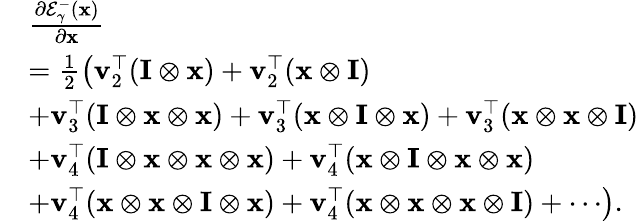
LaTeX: \begin{array}{rl}&{\frac{\partial\mathcal{E}_{\gamma}^{-}(\mathbf{x})}{\partial\mathbf{x}}}\\ &{=\frac{1}{2}\left(\mathbf{v}_{2}^{\top}(\mathbf{I}\otimes\mathbf{x})+\mathbf{v}_{2}^{\top}(\mathbf{x}\otimes\mathbf{I})\right.}\\ &{\left.+\mathbf{v}_{3}^{\top}(\mathbf{I}\otimes\mathbf{x}\otimes\mathbf{x})+\mathbf{v}_{3}^{\top}(\mathbf{x}\otimes\mathbf{I}\otimes\mathbf{x})+\mathbf{v}_{3}^{\top}(\mathbf{x}\otimes\mathbf{x}\otimes\mathbf{I})\right.}\\ &{+\mathbf{v}_{4}^{\top}(\mathbf{I}\otimes\mathbf{x}\otimes\mathbf{x}\otimes\mathbf{x})+\mathbf{v}_{4}^{\top}(\mathbf{x}\otimes\mathbf{I}\otimes\mathbf{x}\otimes\mathbf{x})}\\ &{\left.+\mathbf{v}_{4}^{\top}(\mathbf{x}\otimes\mathbf{x}\otimes\mathbf{I}\otimes\mathbf{x})+\mathbf{v}_{4}^{\top}(\mathbf{x}\otimes\mathbf{x}\otimes\mathbf{x}\otimes\mathbf{I})+\cdots\right).}\end{array}